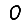
Digit: 0